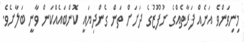
މިނިވަންވެ އަނެއް ފަރާތެއްގެ ނުފޫޒުގެ ދަށަށް ތަން ގެންދިޔައީ ކޮންބައެއްކަން ވާނީ ބަލާށެވެ.